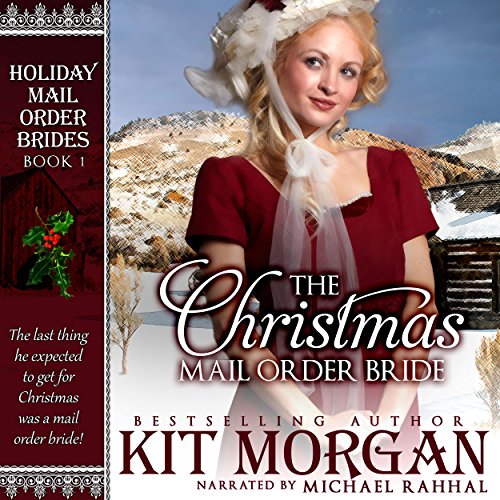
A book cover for The Christmas Mail Order Bride: Holiday Mail Order Brides, Book 1; Kit Morgan; Christian Books & Bibles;